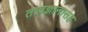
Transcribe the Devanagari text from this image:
तत्त्वज्ञानासह